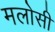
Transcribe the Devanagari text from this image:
मलोसी